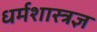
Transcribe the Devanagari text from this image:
धर्मशास्त्रज्ञ